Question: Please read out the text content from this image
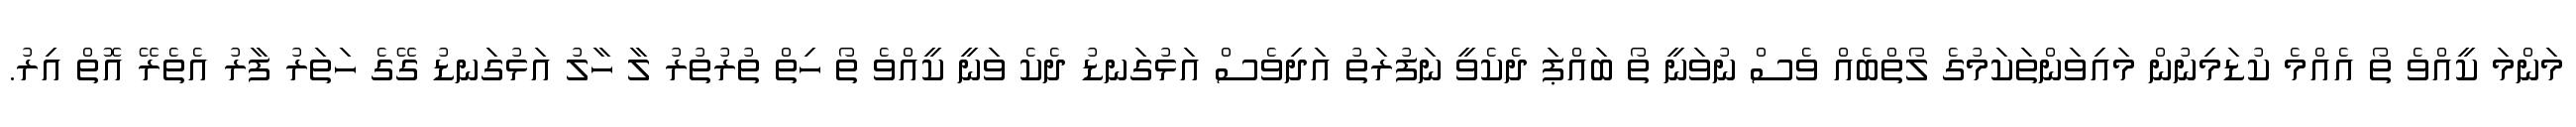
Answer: މަންމަ ކީއްވެ ތޯ އެއްމެ ކުޑަމިނުން މައިވަންތަކަމުގެ ލޯތްބެއް ވެސް ނުވަނީ ތޯ ބައްޕަ ދެކެވީ ނަފުރަތު އަދިވެސް އަޅުގަނޑު ދެކެ ވަނީ ކީއްވެ ތޯ ހިތް ތުރުތުރު ލާ ހާލު އަޅުގަނޑު ގޭގެ ހަތަރު ފާރު އެތެރޭ އޮތް އިރު.